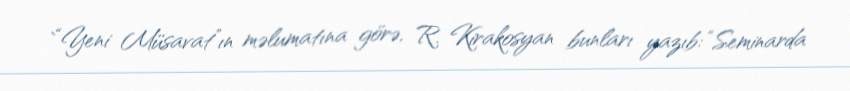
`“Yeni Müsavat”ın məlumatına görə, R. Kirakosyan bunları yazıb: “Seminarda